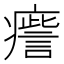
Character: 𤺒